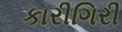
કારીગિરી